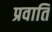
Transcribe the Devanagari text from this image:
प्रवाति